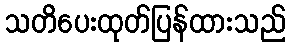
သတိပေးထုတ်ပြန်ထားသည်